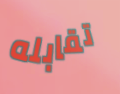
تقابله